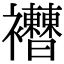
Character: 𧟔